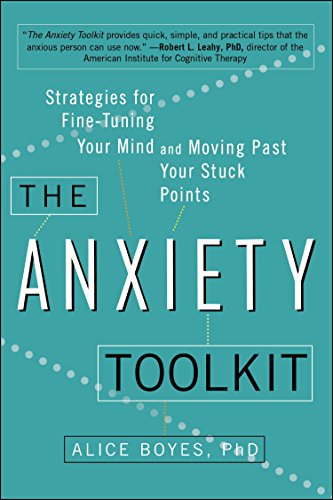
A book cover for The Anxiety Toolkit: Strategies for Fine-Tuning Your Mind and Moving Past Your Stuck Points; Alice Boyes  Ph.D; Self-Help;